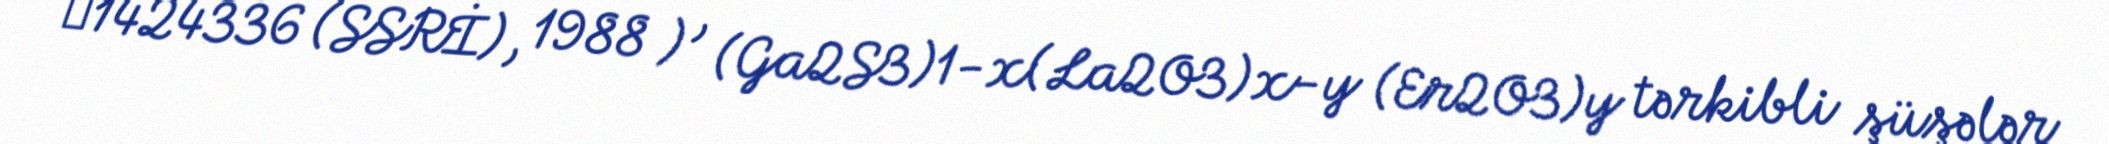
№1424336 (SSRİ), 1988 ) , (Ga2S3)1-x(La2O3)x-y (Er2O3)y tərkibli şüşələr